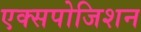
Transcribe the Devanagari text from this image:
एक्सपोजिशन